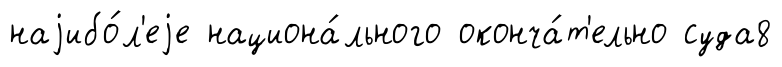
наjибо́л'еjе национа́льного оконча́т'ельно суда8